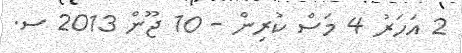
2 އަހަރު 4 މަސް ކުރިން - 10 ޖޫން 2013 ސ.